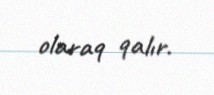
olaraq qalır.